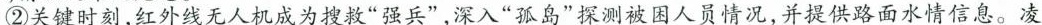
②关键时刻，红外线无人机成为搜救”强兵”，深入”孤岛”探测被困人员情况，并提供路面水情信息。凌